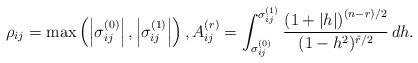
LaTeX: \begin{align*} \rho_{ij} =\max\left(\left| \sigma_{ij}^{(0)}\right|, \left|\sigma_{ij}^{(1)}\right|\right),A_{ij}^{(r)} = \int_{\sigma_{ij}^{(0)}}^{\sigma_{ij}^{(1)}} \frac{\left(1+ |h|\right)^{(n-r)/2}}{(1-h^2)^{\hat r/2}} \, dh.\end{align*}